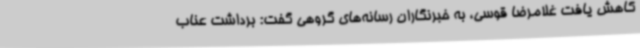
کاهش یافت غلامرضا قوسی، به خبرنگاران رسانه‌های گروهی گفت: برداشت عناب